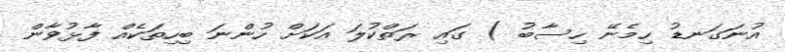
އުނަގަނޑު ހިމެނޭ ހިސާބު ) ގައި ރަތްކުލަ އަކަށް ހުންނަ ބިހިތަކެއް ފާޅުވާން